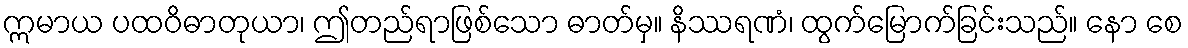
ဣမာယ ပထဝိဓာတုယာ၊ ဤတည်ရာဖြစ်သော ဓာတ်မှ။ နိဿရဏံ၊ ထွက်မြောက်ခြင်းသည်။ နော စေ